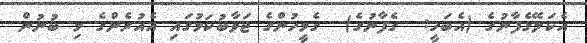
އެކަލޭގެފާނުގެ (އެބަހީ:  ގެފާނުގެ)  ގެމީހުންގެ ޖަވާބުކަމުގައި އެއުރެންގެ މި ބުނުން